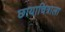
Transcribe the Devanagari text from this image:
छायाचित्राला